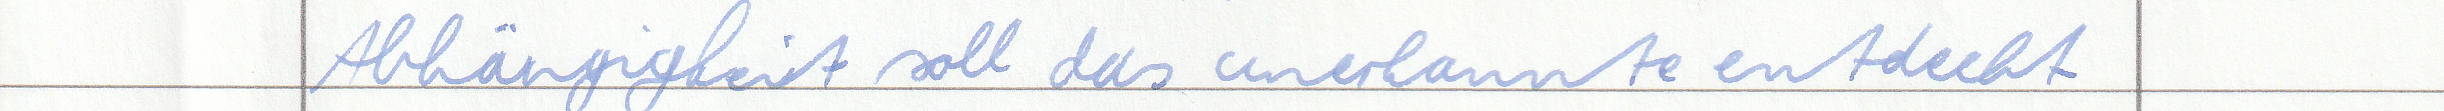
Abhängigkeit soll das unerkannte entdeckt